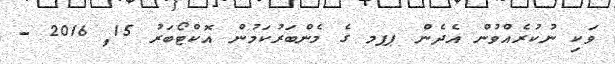
ވަކި ނުކުރެއްވުން އެދެން ޕޕމ ގެ މެންބަރުކަމުން އޮކްޓޯބަރު 15